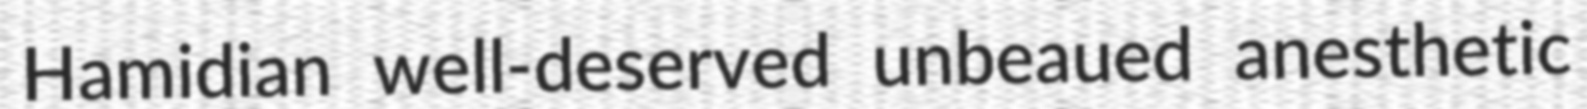
Hamidian well-deserved unbeaued anesthetic